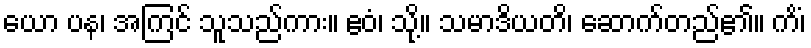
ယော ပန၊ အကြင် သူသည်ကား။ ဧဝံ၊ သို့။ သမာဒိယတိ၊ ဆောက်တည်၏။ ကိံ၊